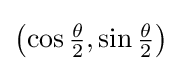
\left(\cos {\tfrac {\theta }{2}},\sin {\tfrac {\theta }{2}}\right)